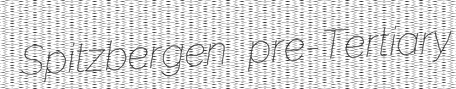
Spitzbergen pre-Tertiary